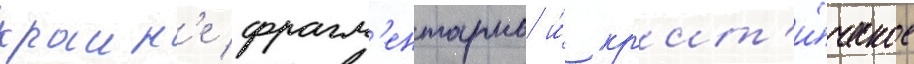
краин'е фрагм'ентарно и́ кр'ит'и́ческое